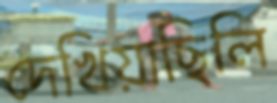
দেখিয়াছিলি